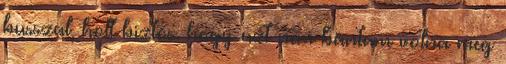
busszal, holt biztos. hogy azt nem bántam volna meg